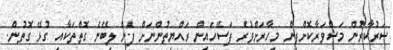
ސަރުކާރުން މަޝްވަރާކޮށްފިން މިހާރަށްވުރެ ފަސޭހައިން ރައްޔިތުންނަށް ފެން ލިބޭނެ ގޮތްތަކާއި ގުޅޭ ގޮތުން.